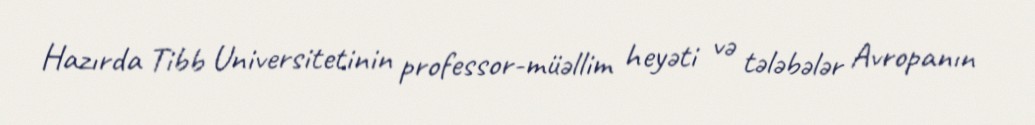
Hazırda Tibb Universitetinin professor-müəllim heyəti və tələbələr Avropanın